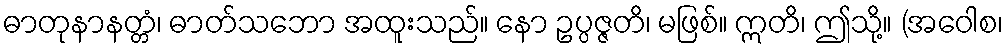
ဓာတုနာနတ္တံ၊ ဓာတ်သဘော အထူးသည်။ နော ဥပ္ပဇ္ဇတိ၊ မဖြစ်။ ဣတိ၊ ဤသို့။ (အဝေါစ၊